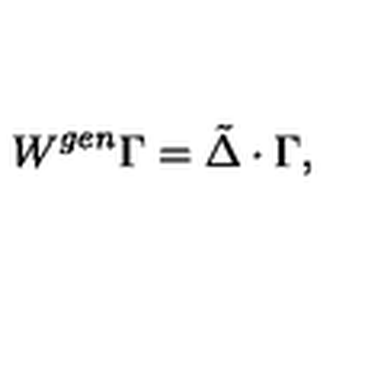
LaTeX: W ^ { g e n } \Gamma = \tilde { \Delta } \cdot \Gamma ,